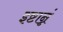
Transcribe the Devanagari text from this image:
इष्टान्नं